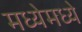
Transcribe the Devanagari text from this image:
मध्येमध्ये